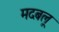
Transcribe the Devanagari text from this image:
मदबलू